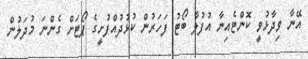
އޭނާ ވިދާޅުވީ ކޮންޓެއިނާ އުފުލާ ބޯޓު ފަހަރުން ކުޅުދުއްފުށީގެ ޕޯޓަށް ގެންނަ މުދަލުން